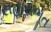
સહાયભૂત